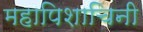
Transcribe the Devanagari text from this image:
महापिशाचिनी